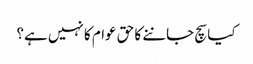
کیا سچ جاننے کا حق عوام کا نہیں ہے؟